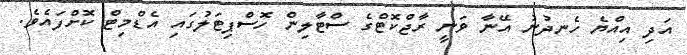
އަދި އިއްޔެ ހެނދުނު އޭނާ ވަނީ ރާޖްކޮޓްގެ ސްޓާލިން ހޮސްޕިޓަލުގައި އެޑްމިޓް ކޮށްފައެވެ.